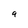
Character: 9